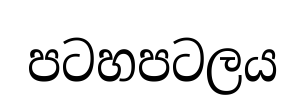
පටහපටලය